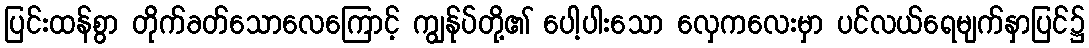
ပြင်းထန်စွာ တိုက်ခတ်သောလေကြောင့် ကျွန်ုပ်တို့၏ ပေါ့ပါးသော လှေကလေးမှာ ပင်လယ်ရေမျက်နှာပြင်၌